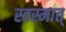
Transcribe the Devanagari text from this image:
स्वस्मात्